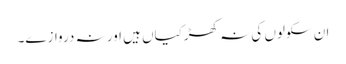
ان سکولوں کی نہ کھڑکیاں ہیں اور نہ دروازے۔